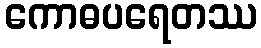
ကောဓပရေတဿ